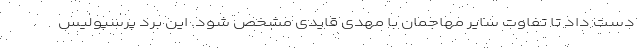
دست داد تا تفاوت سایر مهاجمان با مهدی قایدی مشخص شود. این برد پرسپولیس